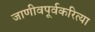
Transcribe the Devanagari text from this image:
जाणीवपूर्वकरित्या